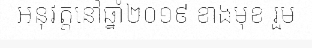
អនុវត្តនៅឆ្នាំ២០១៩ ខាងមុខ រួម